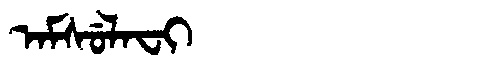
Manchu: ᠠᠮᠰᡠᠯᠠᠸᡳ
Romanization: AMSULAFI